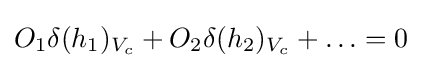
O_{1}\delta (h_{1})_{V_{c}}+O_{2}\delta (h_{2})_{V_{c}}+\ldots =0